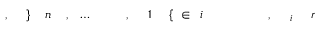
r \! \! \! \! \! \! \! \! \! \! \! \! _ { i } \! \! \! \! \! \! \! \! \! \! \! \! , \! \! \! \! \! \! \! \! \! \! \! \! \! \! \! \! \! \! \! \! \! \! \! \! ~ \! \! \! \! \! \! \! \! \! \! \! \! i \! \! \! \! \! \! \! \! \! \! \! \! \in \! \! \! \! \! \! \! \! \! \! \! \! \{ \! \! \! \! \! \! \! \! \! \! \! \! 1 \! \! \! \! \! \! \! \! \! \! \! \! , \! \! \! \! \! \! \! \! \! \! \! \! \! \! \! \! \! \! \! \! \! \! \! \! \ldots \! \! \! \! \! \! \! \! \! \! \! \! , \! \! \! \! \! \! \! \! \! \! \! \! n \! \! \! \! \! \! \! \! \! \! \! \! \} \! \! \! \! \! \! \! \! \! \! \! \! , \! \! \! \! \! \! \! \! \! \! \!